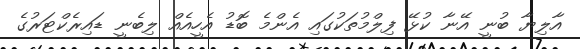
އާލިޔާ ބުނީ އޭނާ ކުޅޭ ފިލްމުތަކުގައި އެންމެ ބޮޑު އެހީއެއް ލިބެނީ ޑައިރެކްޓަރުގެ